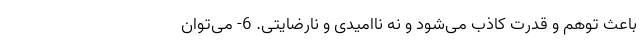
باعث توهم و قدرت کاذب می‌شود و نه ناامیدی و نارضایتی. 6- می‌توان